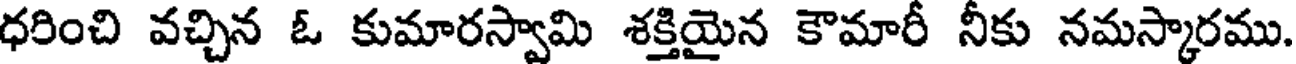
ధరించి వచ్చిన ఓ కుమారస్వామి శక్తియైన కౌమారీ నీకు నమస్కారము.